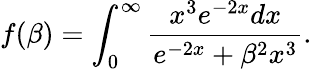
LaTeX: f(\beta)=\int_{0}^{\infty}\frac{x^{3}e^{-2x}dx}{e^{-2x}+\beta^{2}x^{3}}.